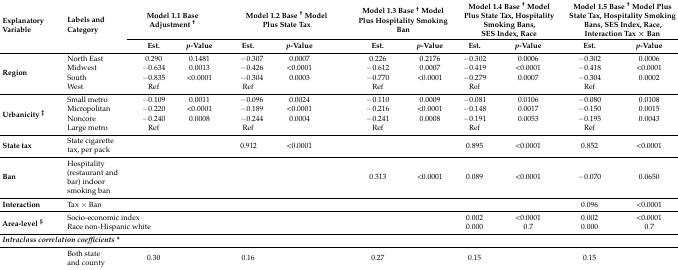
<table><thead><tr><td rowspan="2"><b>Explanatory Variable</b></td><td rowspan="2"><b>Labels and Category</b></td><td colspan="3"><b>Model 1.1 Base Adjustment <sup>†</sup></b></td><td colspan="4"><b>Model 1.2 Base <sup>†</sup> Model Plus State Tax</b></td><td colspan="2"><b>Model 1.3 Base <sup>†</sup> Model Plus Hospitality Smoking Ban</b></td><td colspan="2"><b>Model 1.4 Base <sup>†</sup> Model Plus State Tax, Hospitality Smoking Bans, SES Index, Race</b></td><td colspan="2"><b>Model 1.5 Base <sup>†</sup> Model Plus State Tax, Hospitality Smoking Bans, SES Index, Race, Interaction Tax × Ban</b></td></tr><tr><td><b>Est.</b></td><td colspan="2"><b><i>p</i>-Value</b></td><td colspan="2"><b>Est.</b></td><td colspan="2"><b><i>p</i>-Value</b></td><td><b>Est.</b></td><td><b><i>p</i>-Value</b></td><td><b>Est.</b></td><td><b><i>p</i>-Value</b></td><td><b>Est.</b></td><td><b><i>p</i>-Value</b></td></tr></thead><tbody><tr><td rowspan="4"><b>Region</b></td><td>North East</td><td>0.290</td><td colspan="2">0.1481</td><td colspan="2">−0.307</td><td colspan="2">0.0007</td><td>0.226</td><td>0.2176</td><td>−0.302</td><td>0.0006</td><td>−0.302</td><td>0.0006</td></tr><tr><td>Midwest</td><td>−0.634</td><td colspan="2">0.0013</td><td colspan="2">−0.426</td><td colspan="2">&lt;0.0001</td><td>−0.612</td><td>0.0007</td><td>−0.419</td><td>&lt;0.0001</td><td>−0.418</td><td>&lt;0.0001</td></tr><tr><td>South</td><td>−0.835</td><td colspan="2">&lt;0.0001</td><td colspan="2">−0.304</td><td colspan="2">0.0003</td><td>−0.770</td><td>&lt;0.0001</td><td>−0.279</td><td>0.0007</td><td>−0.304</td><td>0.0002</td></tr><tr><td>West</td><td>Ref</td><td colspan="2"></td><td colspan="2">Ref</td><td colspan="2"></td><td>Ref</td><td></td><td>Ref</td><td></td><td>Ref</td><td></td></tr><tr><td rowspan="4"><b>Urbanicity <sup>‡</sup></b></td><td>Small metro</td><td>−0.109</td><td colspan="2">0.0011</td><td colspan="2">−0.096</td><td colspan="2">0.0024</td><td>−0.110</td><td>0.0009</td><td>−0.081</td><td>0.0106</td><td>−0.080</td><td>0.0108</td></tr><tr><td>Micropolitan</td><td>−0.220</td><td colspan="2">&lt;0.0001</td><td colspan="2">−0.189</td><td colspan="2">&lt;0.0001</td><td>−0.216</td><td>&lt;0.0001</td><td>−0.148</td><td>0.0017</td><td>−0.150</td><td>0.0015</td></tr><tr><td>Noncore</td><td>−0.240</td><td colspan="2">0.0008</td><td colspan="2">−0.244</td><td colspan="2">0.0004</td><td>−0.241</td><td>0.0008</td><td>−0.191</td><td>0.0053</td><td>−0.195</td><td>0.0043</td></tr><tr><td>Large metro</td><td>Ref</td><td colspan="2"></td><td colspan="2">Ref</td><td colspan="2"></td><td>Ref</td><td></td><td>Ref</td><td></td><td>Ref</td><td></td></tr><tr><td><b>State tax</b></td><td>State cigarette tax, per pack</td><td colspan="2"></td><td></td><td colspan="2">0.912</td><td colspan="2">&lt;0.0001</td><td></td><td></td><td>0.895</td><td>&lt;0.0001</td><td>0.852</td><td>&lt;0.0001</td></tr><tr><td><b>Ban</b></td><td>Hospitality (restaurant and bar) indoor smoking ban</td><td colspan="2"></td><td colspan="2"></td><td colspan="2"></td><td></td><td>0.313</td><td>&lt;0.0001</td><td>0.089</td><td>&lt;0.0001</td><td>−0.070</td><td>0.0650</td></tr><tr><td><b>Interaction</b></td><td>Tax × Ban</td><td></td><td colspan="2"></td><td colspan="2"></td><td colspan="2"></td><td></td><td></td><td></td><td></td><td>0.096</td><td>&lt;0.0001</td></tr><tr><td rowspan="2"><b>Area-level <sup>§</sup></b></td><td colspan="2">Socio-economic index</td><td colspan="2"></td><td colspan="2"></td><td colspan="2"></td><td></td><td></td><td>0.002</td><td>&lt;0.0001</td><td>0.002</td><td>&lt;0.0001</td></tr><tr><td colspan="4">Race non-Hispanic white</td><td colspan="2"></td><td colspan="2"></td><td></td><td></td><td>0.000</td><td>0.7</td><td>0.000</td><td>0.7</td></tr><tr><td colspan="3"><b><i>Intraclass correlation coefficients </i></b><b>*</b></td><td colspan="2"></td><td colspan="2"></td><td colspan="2"></td><td></td><td></td><td></td><td></td><td></td><td></td></tr><tr><td></td><td>Both state and county</td><td>0.30</td><td colspan="2"></td><td colspan="2">0.16</td><td colspan="2"></td><td>0.27</td><td></td><td>0.15</td><td></td><td>0.15</td><td></td></tr></tbody></table>